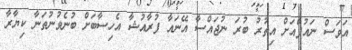
އަވަސް ނައުފްއަށް އިތުރު ބުރަ ނުޖައްސާ އޭނައާ ފުރާއުޝާ އެހިސާބަށް ބުނެވުނުތަނާ ކިޔާރާ